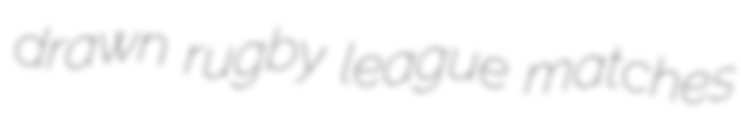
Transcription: drawn rugby league matches